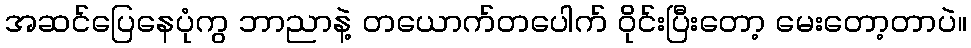
အဆင်ပြေနေပုံကွ ဘာညာနဲ့ တယောက်တပေါက် ဝိုင်းပြီးတော့ မေးတော့တာပဲ။